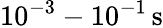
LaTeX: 10^{-3}-10^{-1}\, \mathrm{s}